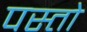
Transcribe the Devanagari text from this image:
पस्तो